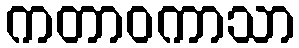
ကတာဝကာသာ